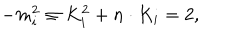
- m _ { i } ^ { 2 } \equiv K _ { i } ^ { 2 } + n \cdot K _ { i } = 2 ,